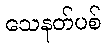
သေနတ်ပစ်